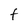
Character: f